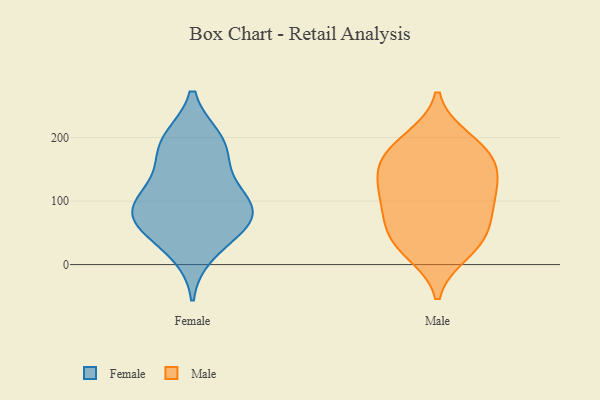
{"axis": {"x": "Temperature (°C)", "y": "Value"}, "legend": ["Female", "Male"], "data": [{"x": "", "y": 70, "type": "Female"}, {"x": "", "y": 19, "type": "Female"}, {"x": "", "y": 98, "type": "Female"}, {"x": "", "y": 54, "type": "Female"}, {"x": "", "y": 112, "type": "Female"}, {"x": "", "y": 197, "type": "Female"}, {"x": "", "y": 88, "type": "Female"}, {"x": "", "y": 179, "type": "Female"}, {"x": "", "y": 64, "type": "Female"}, {"x": "", "y": 147, "type": "Female"}, {"x": "", "y": 197, "type": "Female"}, {"x": "", "y": 85, "type": "Female"}, {"x": "", "y": 48, "type": "Male"}, {"x": "", "y": 84, "type": "Male"}, {"x": "", "y": 96, "type": "Male"}, {"x": "", "y": 169, "type": "Male"}, {"x": "", "y": 144, "type": "Male"}, {"x": "", "y": 135, "type": "Male"}, {"x": "", "y": 187, "type": "Male"}, {"x": "", "y": 126, "type": "Male"}, {"x": "", "y": 20, "type": "Male"}, {"x": "", "y": 45, "type": "Male"}, {"x": "", "y": 31, "type": "Male"}, {"x": "", "y": 197, "type": "Male"}, {"x": "", "y": 167, "type": "Male"}, {"x": "", "y": 95, "type": "Male"}]}